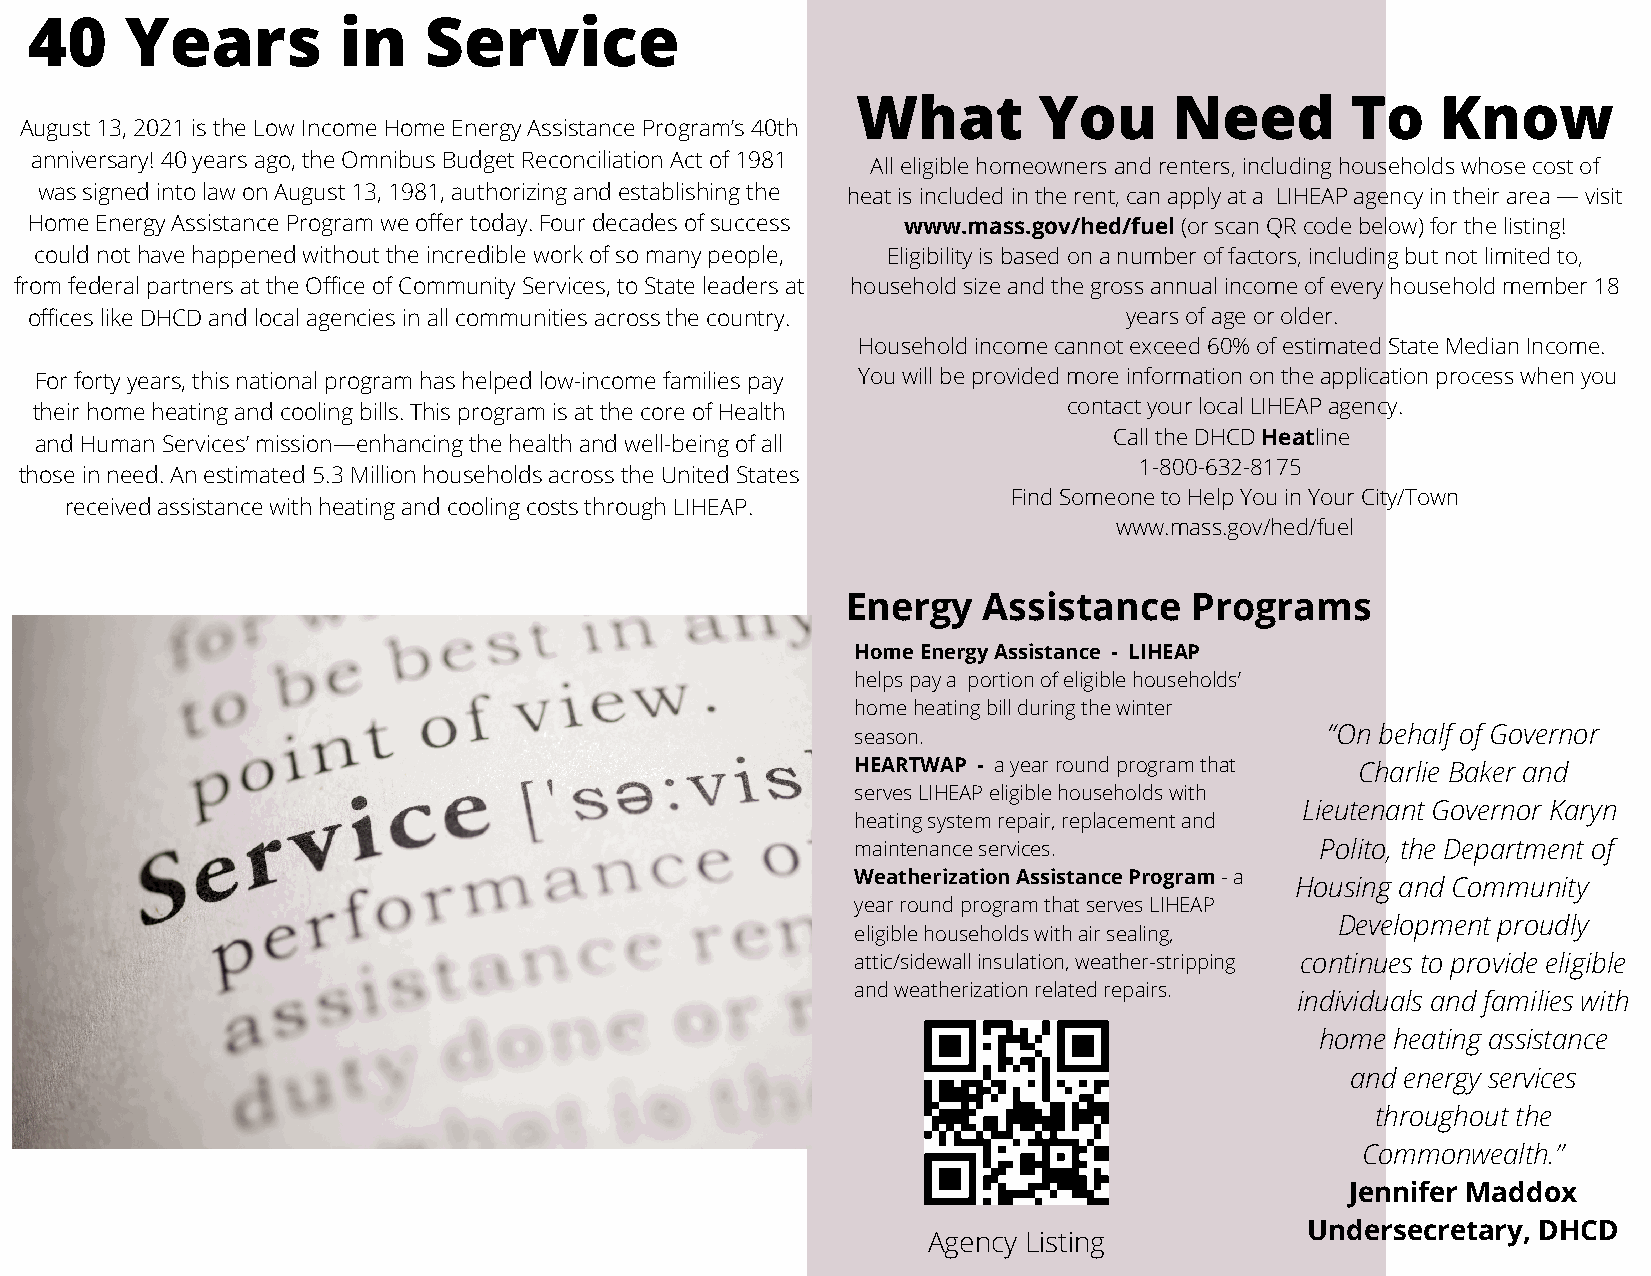
40    Years         in    Service
 What        You      Need       To    Know
 August 13, 2021 is the Low Income Home Energy Assistance Program’s 40th
 anniversary! 40 years ago, the Omnibus Budget Reconciliation Act of 1981
 All eligible homeowners and renters, including households whose cost of
 was signed into law on August 13, 1981, authorizing and establishing the heat is included in the rent, can apply at a LIHEAP agency in their area — visit
 Home Energy Assistance Program we offer today. Four decades of success www.mass.gov/hed/fuel (or scan QR code below) for the listing!
 could not have happened without the incredible work of so many people, Eligibility is based on a number of factors, including but not limited to,
 from federal partners at the Office of Community Services, to State leaders at household size and the gross annual income of every household member 18
 offices like DHCD and local agencies in all communities across the country. years of age or older.
 Household income cannot exceed 60% of estimated State Median Income.
 For forty years, this national program has helped low-income families pay You will be provided more information on the application process when you
 their home heating and cooling bills. This program is at the core of Health contact your local LIHEAP agency.
 Call the DHCD Heatline
 and Human Services’ mission—enhancing the health and well-being of all
 1-800-632-8175
 those in need. An estimated 5.3 Million households across the United States
 Find Someone to Help You in Your City/Town
 received assistance with heating and cooling costs through LIHEAP.
 www.mass.gov/hed/fuel
 Energy   Assistance    Programs
 Home Energy Assistance - LIHEAP
 helps pay a portion of eligible households’
 home heating bill during the winter
 season.                        “On behalf of Governor
 HEARTWAP - a year round program that Charlie Baker and
 serves LIHEAP eligible households with
 Lieutenant Governor Karyn
 heating system repair, replacement and
 maintenance services.         Polito, the Department of
 Weatherization Assistance Program - a
 Housing and Community
 year round program that serves LIHEAP
 Development proudly
 eligible households with air sealing,
 attic/sidewall insulation, weather-stripping continues to provide eligible
 and weatherization related repairs.
 individuals and families with
 home heating assistance
 and energy services
 throughout the
 Commonwealth.”
 Jennifer Maddox
 Undersecretary, DHCD
 Agency Listing